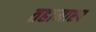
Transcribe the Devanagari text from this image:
तहामाश्प